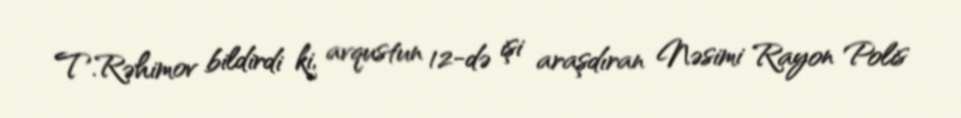
T.Rəhimov bildirdi ki, avqustun 12-də işi araşdıran Nəsimi Rayon Polis